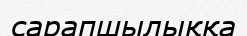
сарапшылыққа